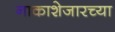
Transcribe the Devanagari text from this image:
नाकाशेजारच्या